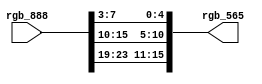
module system_rgb888_to_rgb565_0_0_1
   (rgb_888,
    rgb_565);
  input [23:0]rgb_888;
  output [15:0]rgb_565;
  wire [23:0]rgb_888;
  assign rgb_565[15:11] = rgb_888[23:19];
  assign rgb_565[10:5] = rgb_888[15:10];
  assign rgb_565[4:0] = rgb_888[7:3];
endmodule